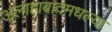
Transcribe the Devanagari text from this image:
अलाहाबादमधल्या